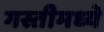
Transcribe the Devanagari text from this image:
गस्तीमध्ये